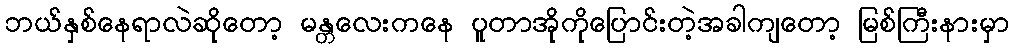
ဘယ်နှစ်နေရာလဲဆိုတော့ မန္တလေးကနေ ပူတာအိုကိုပြောင်းတဲ့အခါကျတော့ မြစ်ကြီးနားမှာ